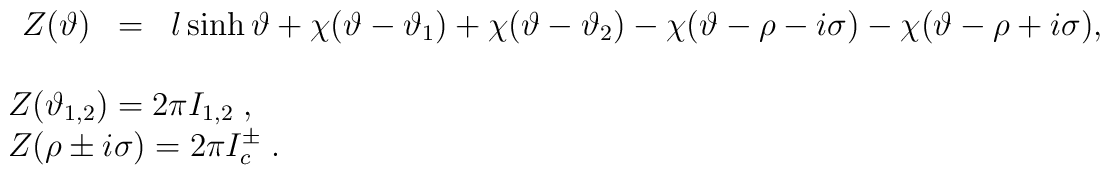
\begin{array}{l}\begin{array}{lcl}Z(\vartheta ) & = & l\sinh \vartheta +\chi (\vartheta -\vartheta _{1})+\chi (\vartheta -\vartheta _{2})-\chi (\vartheta -\rho -i\sigma )-\chi (\vartheta -\rho +i\sigma ),\\ & \end{array}\\Z(\vartheta _{1,2})=2\pi I_{1,2}\; ,\\Z(\rho \pm i\sigma )=2\pi I^{\pm }_{c}\; .\end{array}